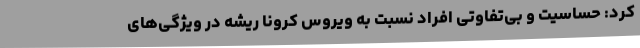
کرد: حساسیت و بی‌تفاوتی افراد نسبت به ویروس کرونا ریشه در ویژگی‌های